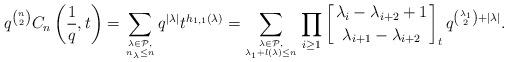
LaTeX: \begin{align*}q^{{n}\choose {2}}C_n\left(\frac{1}{q},t\right)=\sum_{\lambda \in \mathcal{P}, \atop n_\lambda \leq n} q^{|\lambda|} t^{h_{1,1}(\lambda)}=&\sum_{\lambda \in \mathcal{P},\atop \lambda_1+l(\lambda) \leq n}\prod_{i \geq 1} \left[\lambda_i-\lambda_{i+2}+1 \atop \lambda_{i+1}-\lambda_{i+2}\right]_t q^{{\lambda_1\choose 2}+|\lambda|}.\end{align*}